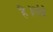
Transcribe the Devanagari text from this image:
है।लंबे